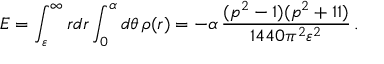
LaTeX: E = \int _ { \varepsilon } ^ { \infty } r d r \int _ { 0 } ^ { \alpha } d \theta \, \rho ( r ) = - \alpha \, \frac { ( p ^ { 2 } - 1 ) ( p ^ { 2 } + 1 1 ) } { 1 4 4 0 \pi ^ { 2 } \varepsilon ^ { 2 } } \, .